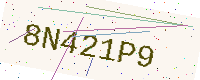
Text: 8N421P9